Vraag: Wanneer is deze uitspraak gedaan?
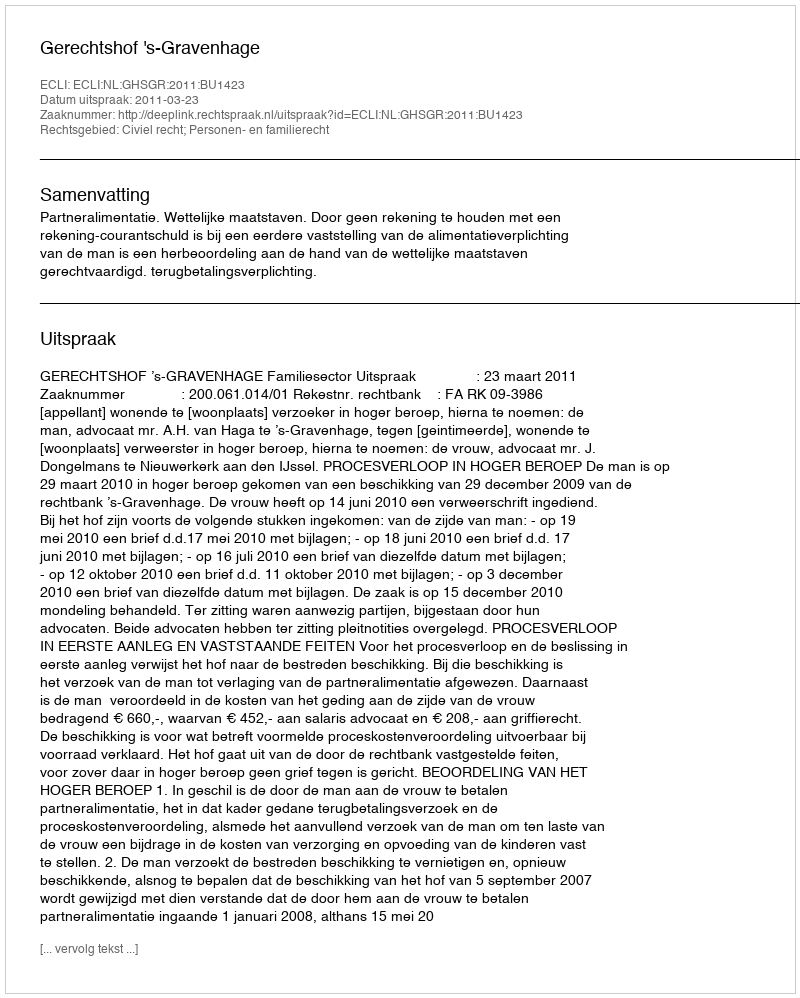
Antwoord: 2011-03-23